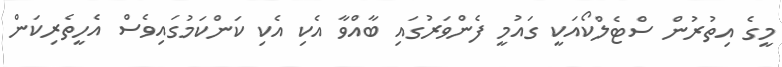
މީގެ އިތުރުން ސްޓެލްކޯއަކީ ގައުމީ ފެންވަރުގައި ބާއްވާ އެކި އެކި ކަންކަމުގައިވެސް އެހީތެރިކަން